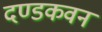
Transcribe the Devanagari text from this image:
दण्डकवन